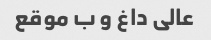
عالی داغ و ب موقع